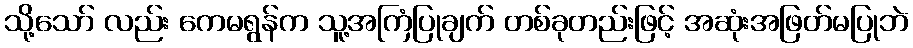
သို့သော် လည်း ကေမရွန်က သူ့အကြံပြုချက် တစ်ခုတည်းဖြင့် အဆုံးအဖြတ်မပြုဘဲ